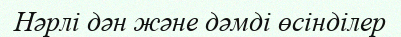
Нәрлі дән және дәмді өсінділер